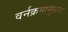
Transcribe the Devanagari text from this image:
वर्नक्रमानुसार